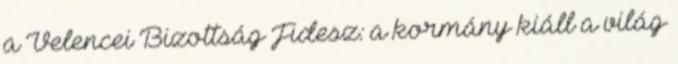
a Velencei Bizottság Fidesz: a kormány kiáll a világ